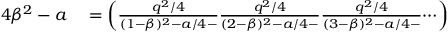
\begin{array} { r l } { 4 \beta ^ { 2 } - a } & { { } = \left( \frac { q ^ { 2 } / 4 } { ( 1 - \beta ) ^ { 2 } - a / 4 - } \frac { q ^ { 2 } / 4 } { ( 2 - \beta ) ^ { 2 } - a / 4 - } \frac { q ^ { 2 } / 4 } { ( 3 - \beta ) ^ { 2 } - a / 4 - } \dotsi \right) } \end{array}